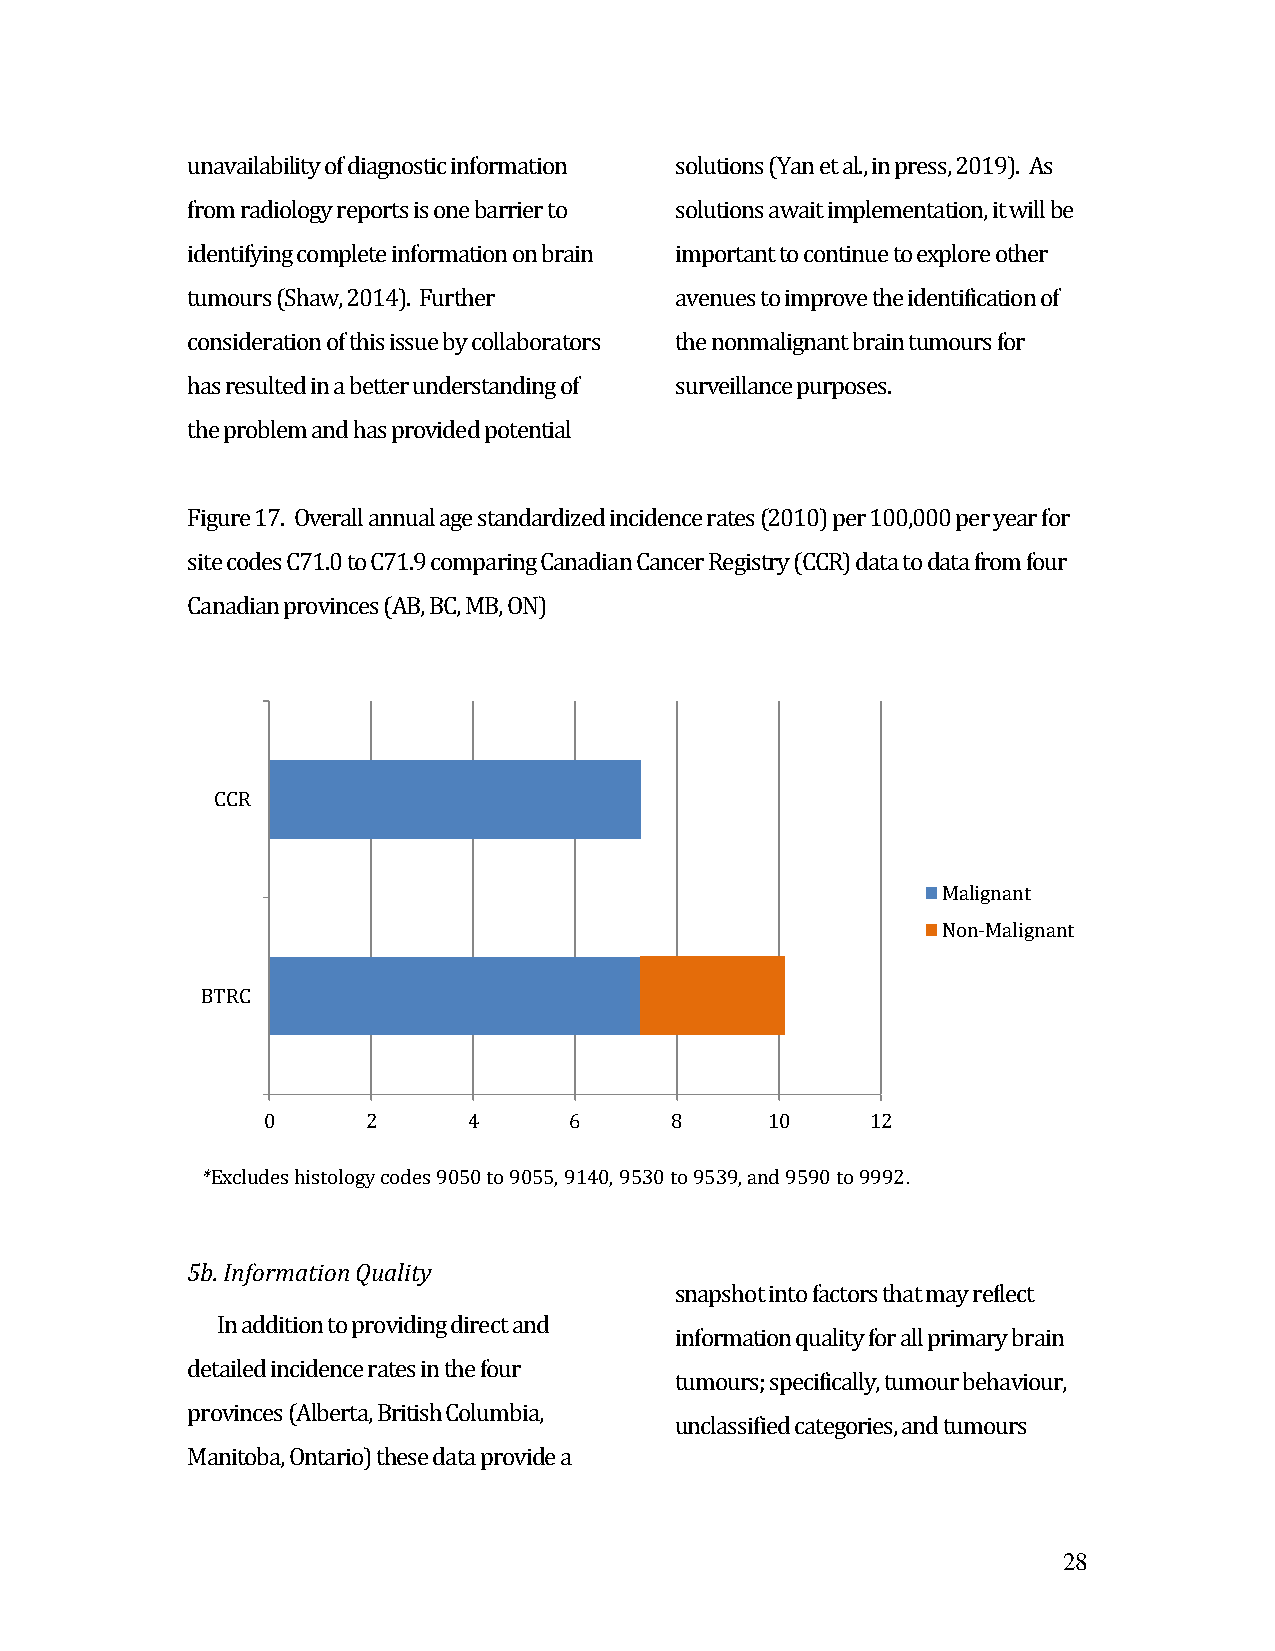
unavailability of diagnostic information solutions (Yan et al., in press, 2019). As
 from radiology reports is one barrier to solutions await implementation, it will be
 identifying complete information on brain important to continue to explore other
 tumours (Shaw, 2014). Further    avenues to improve the identification of
 consideration of this issue by collaborators the nonmalignant brain tumours for
 has resulted in a better understanding of surveillance purposes.
 the problem and has provided potential
 Figure 17. Overall annual age standardized incidence rates (2010) per 100,000 per year for
 site codes C71.0 to C71.9 comparing Canadian Cancer Registry (CCR) data to data from four
 Canadian provinces (AB, BC, MB, ON)
 CCR
 Malignant
 Non-Malignant
 BTRC
 0      2      4      6     8      10     12
 *Excludes histology codes 9050 to 9055, 9140, 9530 to 9539, and 9590 to 9992.
 5b. Information Quality
 snapshot into factors that may reflect
 In addition to providing direct and
 information quality for all primary brain
 detailed incidence rates in the four
 tumours; specifically, tumour behaviour,
 provinces (Alberta, British Columbia,
 unclassified categories, and tumours
 Manitoba, Ontario) these data provide a
 28